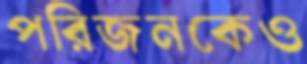
পরিজনকেও